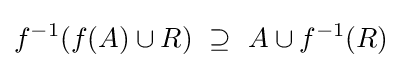
f^{-1}(f(A)\cup R)~\supseteq ~A\cup f^{-1}(R)